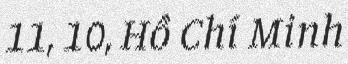
11, 10, Hồ Chí Minh